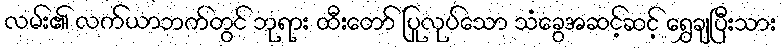
လမ်း၏ လက်ယာဘက်တွင် ဘုရား ထီးတော် ပြုလုပ်သော သံခွေအဆင့်ဆင့် ရွှေချပြီးသား